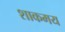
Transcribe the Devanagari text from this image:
शाकमय